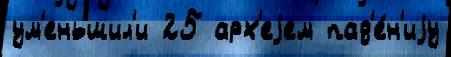
ум'еньшил'и 25 арх'еjем пад'е́н'иjу